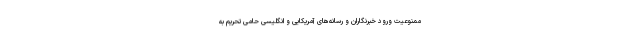
ممنوعیت ورود خبرنگاران و رسانه‌های آمریکایی و انگلیسی حامی تحریم به